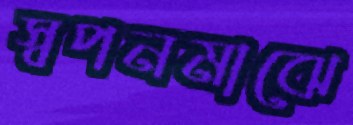
স্বপনমাঝে